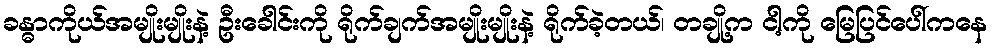
ခန္ဓာကိုယ်အမျိုးမျိုးနဲ့ ဦးခေါင်းကို ရိုက်ချက်အမျိုးမျိုးနဲ့ ရိုက်ခဲ့တယ်၊ တချို့က ငါ့ကို မြေပြင်ပေါ်ကနေ